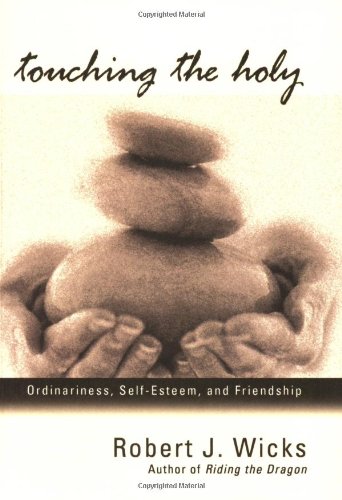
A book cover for Touching the Holy: Ordinariness, Self Esteem, and Friendship; Robert J. Wicks; Christian Books & Bibles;